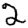
Digit: 2